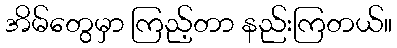
အိမ်တွေမှာ ကြည့်တာ နည်းကြတယ်။